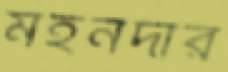
মহনদার